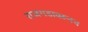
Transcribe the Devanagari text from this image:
राजगडावरूनच